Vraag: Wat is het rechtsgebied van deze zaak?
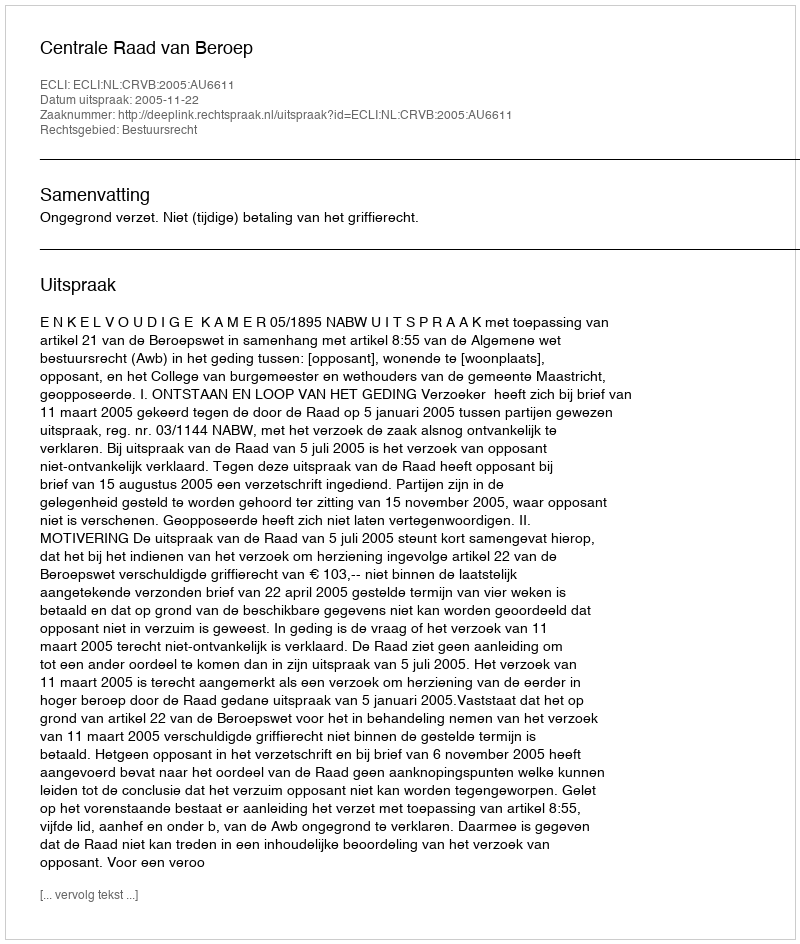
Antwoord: Bestuursrecht